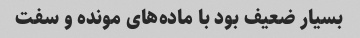
بسیار ضعیف بود با ماده‌های مونده و سفت